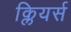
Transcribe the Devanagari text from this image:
क्लियर्स